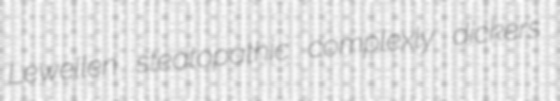
Lewellen steatopathic complexly dickers